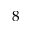
8